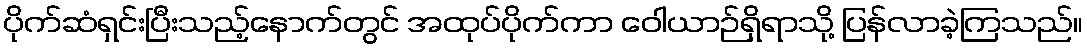
ပိုက်ဆံရှင်းပြီးသည့်နောက်တွင် အထုပ်ပိုက်ကာ ဝေါယာဉ်ရှိရာသို့ ပြန်လာခဲ့ကြသည်။